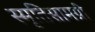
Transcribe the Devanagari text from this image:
स्मृतिसामग्री